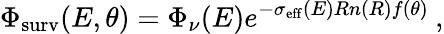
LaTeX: \Phi_{\mathrm{surv}}(E,\theta)=\Phi_{\nu}(E)e^{-\sigma_{\mathrm{eff}}(E)Rn(R)f(\theta)}\: ,